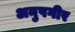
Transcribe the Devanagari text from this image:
अनुपगीर